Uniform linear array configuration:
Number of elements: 16
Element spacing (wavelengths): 0.75
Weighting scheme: kaiser
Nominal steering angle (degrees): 30
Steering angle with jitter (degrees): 31.295
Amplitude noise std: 0.05
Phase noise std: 0.05

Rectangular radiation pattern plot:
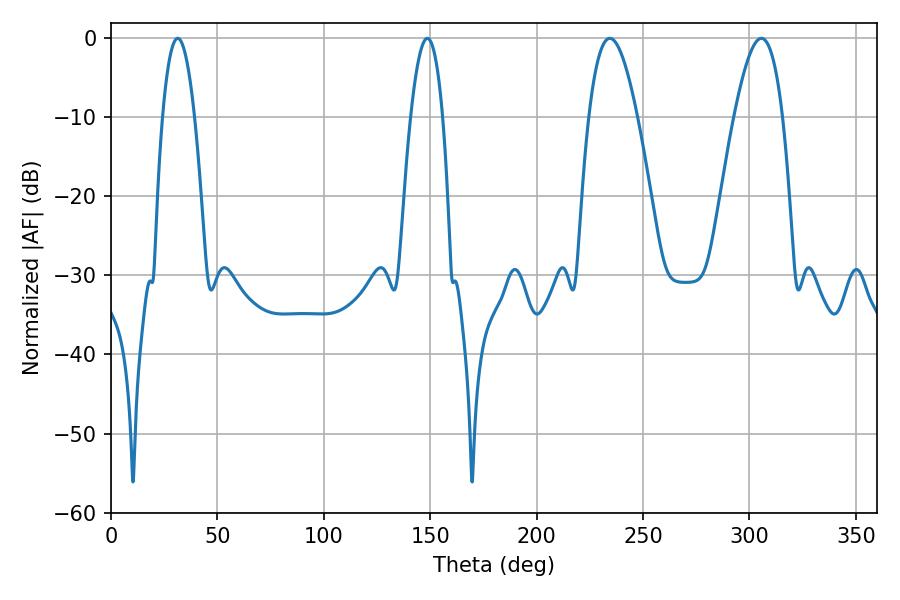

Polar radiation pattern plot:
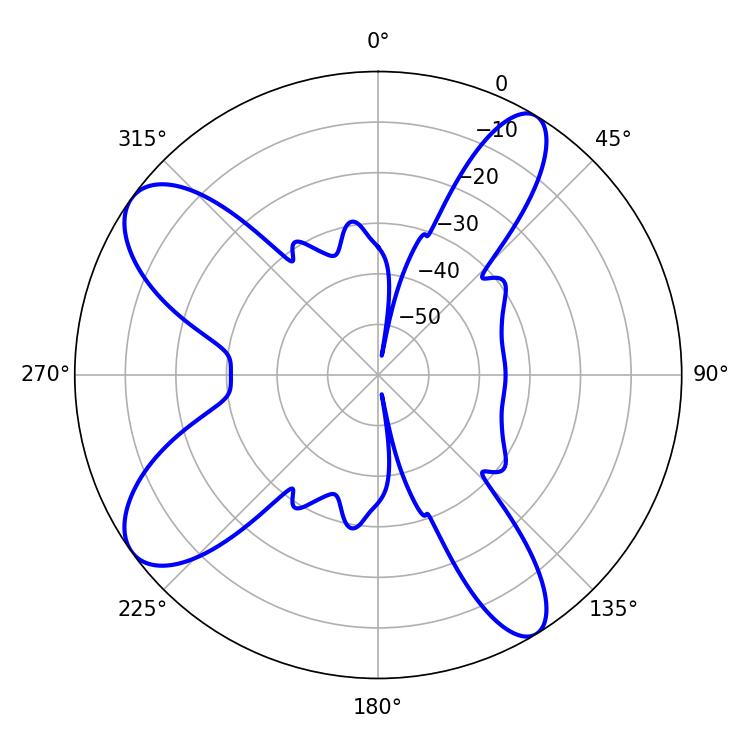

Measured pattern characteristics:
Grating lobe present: TRUE
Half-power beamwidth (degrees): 12.42
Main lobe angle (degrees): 234.36